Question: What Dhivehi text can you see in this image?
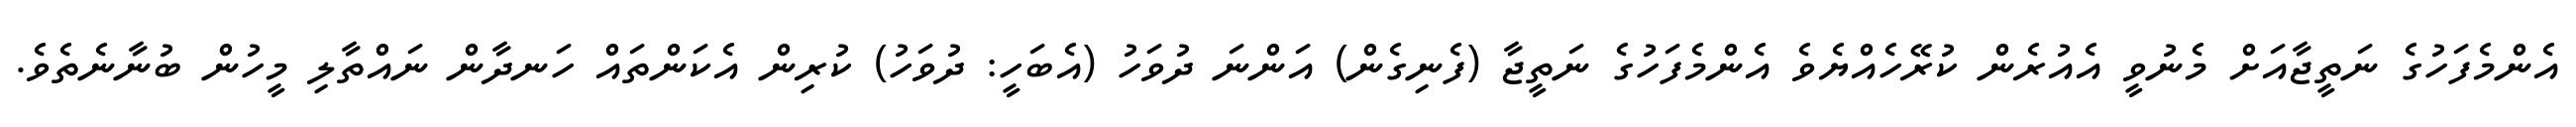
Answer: އެންމެފަހުގެ ނަތީޖާއަށް މެނުވީ އެއުރެން ކުރޭހެއްޔެވެ އެންމެފަހުގެ ނަތީޖާ (ފެނިގެން) އަންނަ ދުވަހު (އެބަހީ: ދުވަހު) ކުރިން އެކަންތައް ހަނދާން ނައްތާލި މީހުން ބުނާނެތެވެ.